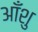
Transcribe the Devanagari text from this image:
आँशु